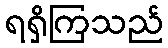
ရရှိကြသည်